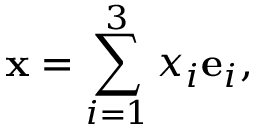
\ \mathbf { x } = \sum _ { i = 1 } ^ { 3 } x _ { i } \mathbf { e } _ { i } ,